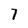
Character: 7